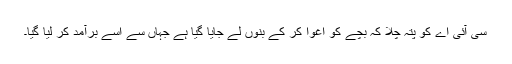
سی آئی اے کو پتہ چلا کہ بچے کو اغوا کر کے بنوں لے جایا گیا ہے جہاں سے اسے برآمد کر لیا گیا۔